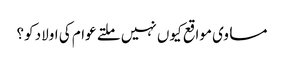
مساوی مواقع کیوں نہیں ملتے عوام کی اولاد کو؟